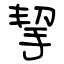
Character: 挈